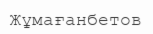
Жұмағанбетов